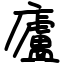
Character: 廬